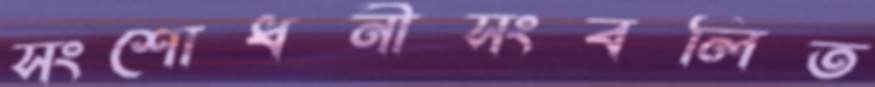
সংশোধনীসংবলিত